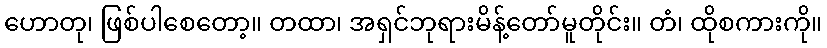
ဟောတု၊ ဖြစ်ပါစေတော့။ တထာ၊ အရှင်ဘုရားမိန့်တော်မူတိုင်း။ တံ၊ ထိုစကားကို။